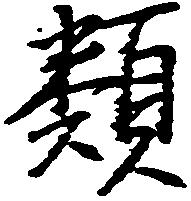
類